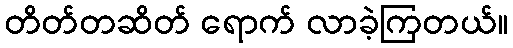
တိတ်တဆိတ် ရောက် လာခဲ့ကြတယ်။